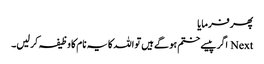
پھر فرمایا
Next اگر پیسے ختم ہو گے ہیں تو اللہ کا یہ نام کا وظیفہ کر لیں۔